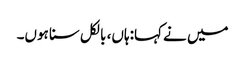
میں نے کہا:ہاں، بالکل سنا ہوں۔